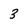
Character: 3